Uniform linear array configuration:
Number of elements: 12
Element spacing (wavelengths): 0.25
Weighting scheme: exponential
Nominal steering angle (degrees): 15
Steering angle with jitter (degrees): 15.342
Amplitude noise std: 0.05
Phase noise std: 0.05

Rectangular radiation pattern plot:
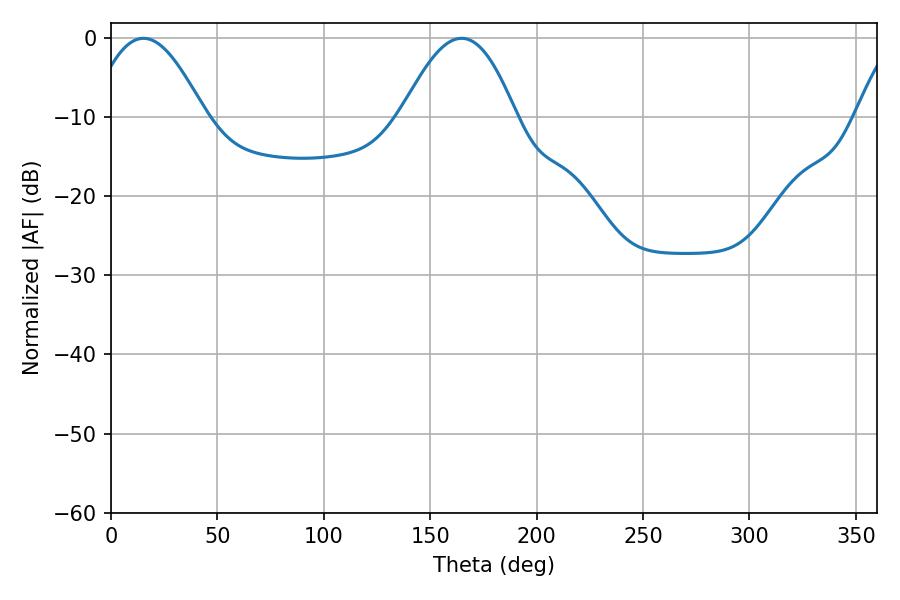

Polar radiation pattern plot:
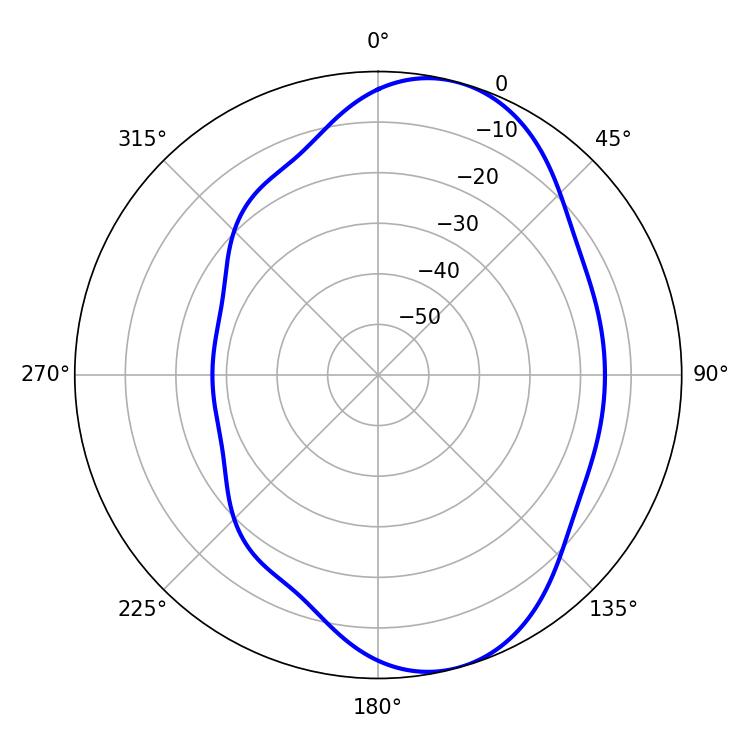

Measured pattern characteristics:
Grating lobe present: FALSE
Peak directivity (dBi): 7.724
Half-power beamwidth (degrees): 29.16
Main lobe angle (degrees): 15.3